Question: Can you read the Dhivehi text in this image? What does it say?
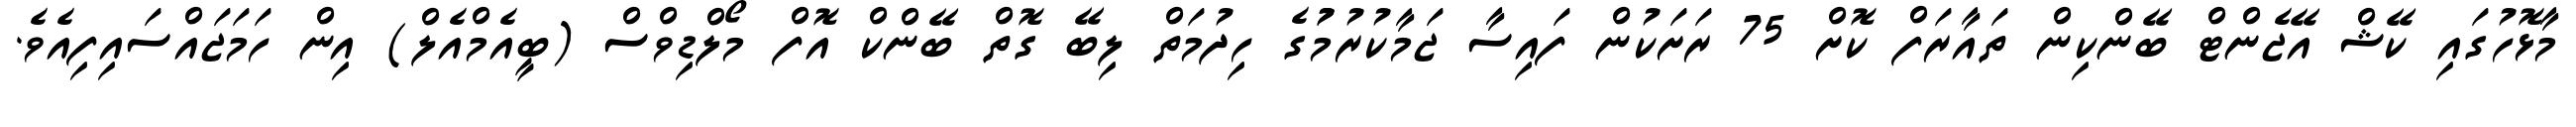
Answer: މާޅޮހުގައި ކޭޝް އޭޖެންޓް ބޭންކިން ތައާރަފް ކޮށް 75 ރަށަކުން ފައިސާ ޖަމާކުރުމުުގެ ހިދުމަތް ލިބޭ ގޮތް ބޭންކް އޮފް މޯލްޑިވްސް (ބީއެމްއެލް) އިން ހަމަޖައްސައިފިއެވެ.